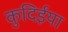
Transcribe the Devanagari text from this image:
कुदिईया